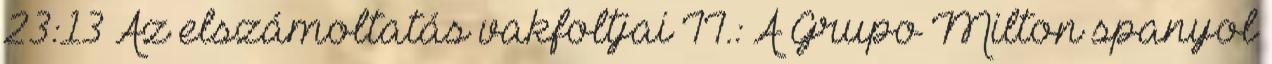
23:13 Az elszámoltatás vakfoltjai II.: A Grupo Milton spanyol